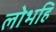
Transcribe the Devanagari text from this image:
लोभहि